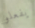
يفعلو